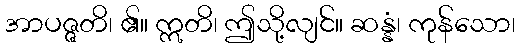
အာပဇ္ဇတိ၊ ၏။ ဣတိ၊ ဤသို့လျင်။ ဆန္နံ၊ ကုန်သော၊